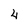
Character: 4